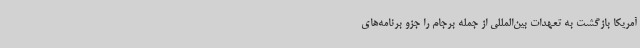
آمریکا بازگشت به تعهدات بین‌المللی از جمله برجام را جزو برنامه‌های